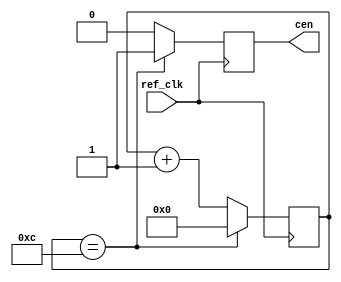
//------------------------------------------------------------------------------
// SPDX-License-Identifier: GPL-2.0-or-later
// SPDX-FileType: SOURCE
// SPDX-FileCopyrightText: (c) 2022, Pierre Cornier (Pierco)
//------------------------------------------------------------------------------

module clk_en #(
        parameter DIV=12,
        parameter OFFSET=0
    )
    (
        input      ref_clk,
        output reg cen
    );

    reg [15:0] cnt = OFFSET;
    always @(posedge ref_clk) begin
        if (cnt == DIV) begin
            cnt <= 16'd0;
            cen <= 1'b1;
        end
        else begin
            cen <= 1'b0;
            cnt <= cnt + 16'd1;
        end
    end

endmodule